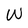
Character: W